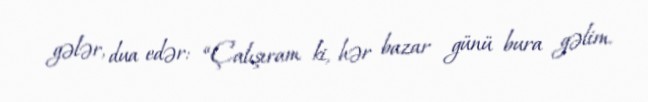
gələr, dua edər: “Çalışıram ki, hər bazar günü bura gəlim.